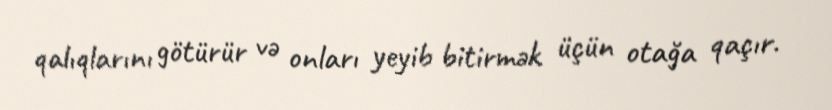
qalıqlarını götürür və onları yeyib bitirmək üçün otağa qaçır.